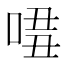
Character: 𠴾